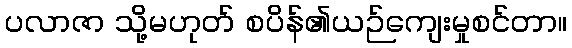
ပလာဇာ သို့မဟုတ် စပိန်၏ယဉ်ကျေးမှုစင်တာ။